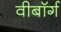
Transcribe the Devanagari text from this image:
वीबॉर्ग